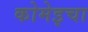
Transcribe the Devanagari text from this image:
कोमेइचा